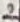
Text: 2